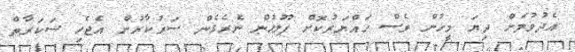
އެދުވުމަށް ދިޔަ މީހުން ވެސް ހައްޔަރުކޮށް ފުލުހުން ނެރެގެން ސަރުކާރުން އެޖެހި ސަކަރާތް